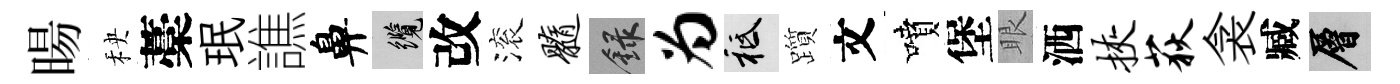
暘秧藁珉譙鼻纜改滚髓録为祇躓文噴堡眼洒挟荻衾臧層